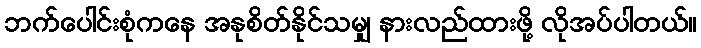
ဘက်ပေါင်းစုံကနေ အနုစိတ်နိုင်သမျှ နားလည်ထားဖို့ လိုအပ်ပါတယ်။